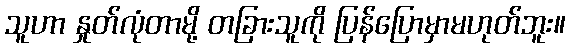
သူဟာ နှုတ်လုံတာမို့ တခြားသူကို ပြန်ပြောမှာမဟုတ်ဘူး။